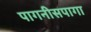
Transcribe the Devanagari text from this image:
पागनीसपागा